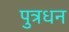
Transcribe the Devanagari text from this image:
पुत्रधन